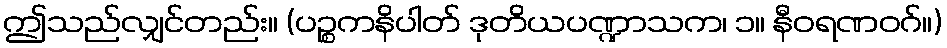
ဤသည်လျှင်တည်း။ (ပဉ္စကနိပါတ် ဒုတိယပဏ္ဍာသက၊ ၁။ နီဝရဏဝဂ်။)